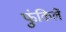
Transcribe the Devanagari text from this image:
फुंकिलें